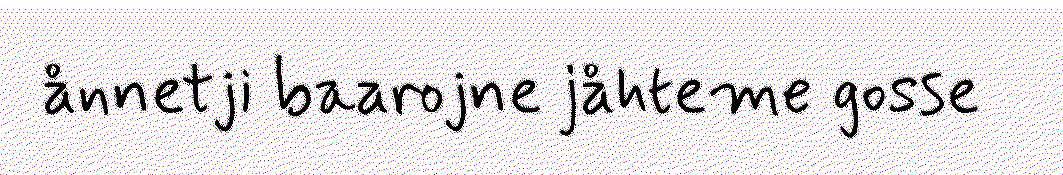
ånnetji baarojne jåhteme gosse